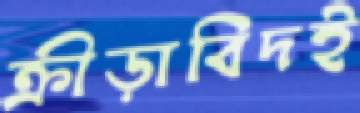
ক্রীড়াবিদই